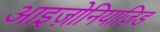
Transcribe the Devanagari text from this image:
आइज़ोनियाज़िड